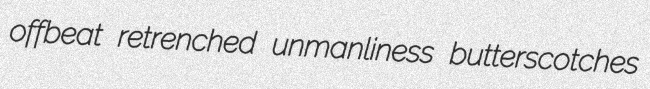
offbeat retrenched unmanliness butterscotches